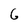
Character: 6